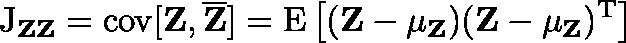
\operatorname { J } _ { \mathbf { Z } \mathbf { Z } } = \operatorname { c o v } [ \mathbf { Z } , { \overline { { \mathbf { Z } } } } ] = \operatorname { E } \left[ ( \mathbf { Z } - \mathbf { \mu _ { Z } } ) ( \mathbf { Z } - \mathbf { \mu _ { Z } } ) ^ { \mathrm { T } } \right]